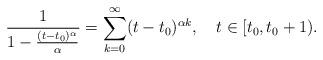
LaTeX: \begin{align*}\frac{1}{1- \frac{(t-t_0)^\alpha}{\alpha}}=\sum_{k=0}^\infty (t-t_0)^{\alpha k},~~~t\in [t_0,t_0+1).\end{align*}